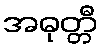
အဓုတ္တီ